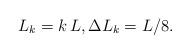
LaTeX: \begin{align*}L_{k}=k\,L,\Delta L_{k}=L/8.\end{align*}